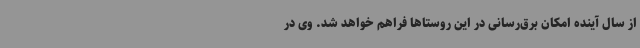
از سال آینده امکان برق‌رسانی در این روستاها فراهم خواهد شد. وی در